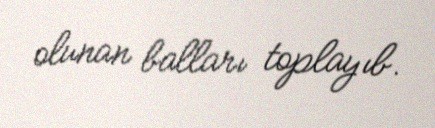
olunan balları toplayıb.